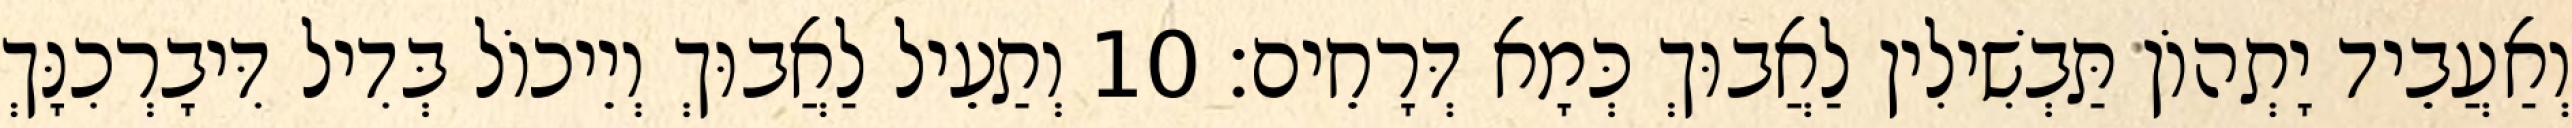
וְאַעֲבֵיד יָתְהוֹן תַּבְשִׁילִין לַאֲבוּךְ כְּמָא דְּרָחֵים׃ 10 וְתַעֵיל לַאֲבוּךְ וְיֵיכוֹל בְּדִיל דִּיבָרְכִנָּךְ